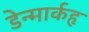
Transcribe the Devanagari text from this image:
डेन्मार्कहृ